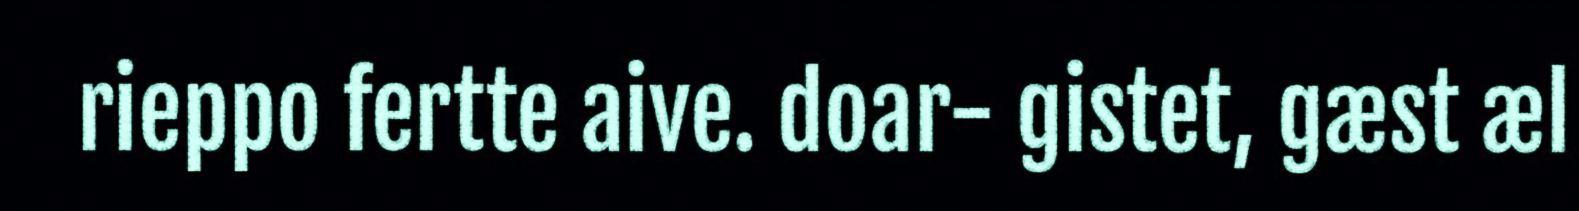
rieppo fertte aive. doar- gistet, gæst æl